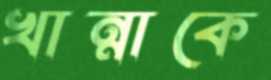
খান্নাকে